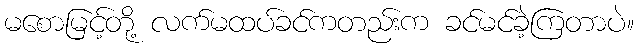
မစောမြင့်တို့ လက်မထပ်ခင်ကတည်းက ခင်မင်ခဲ့ကြတာပဲ။